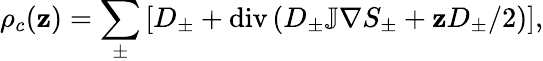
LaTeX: \rho_{c}(\mathbf{z})=\sum_{\pm}\left[D_{\pm}+\mathrm{div}\left(D_{\pm}\mathbb{J}\nabla S_{\pm}+\mathbf{z}D_{\pm}/2\right)\right],